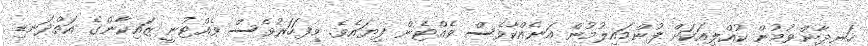
ހަނދާންވުމުން ކުއްލިއަކަށް ފުންމައިލުމުން އަނެއްކާވެސް ވެއްޓެން ފިޔައެވެ. މިފަހަރުވެސް ވެއްޓުނީ ޒައިކާންގެ އަތްދަނޑި